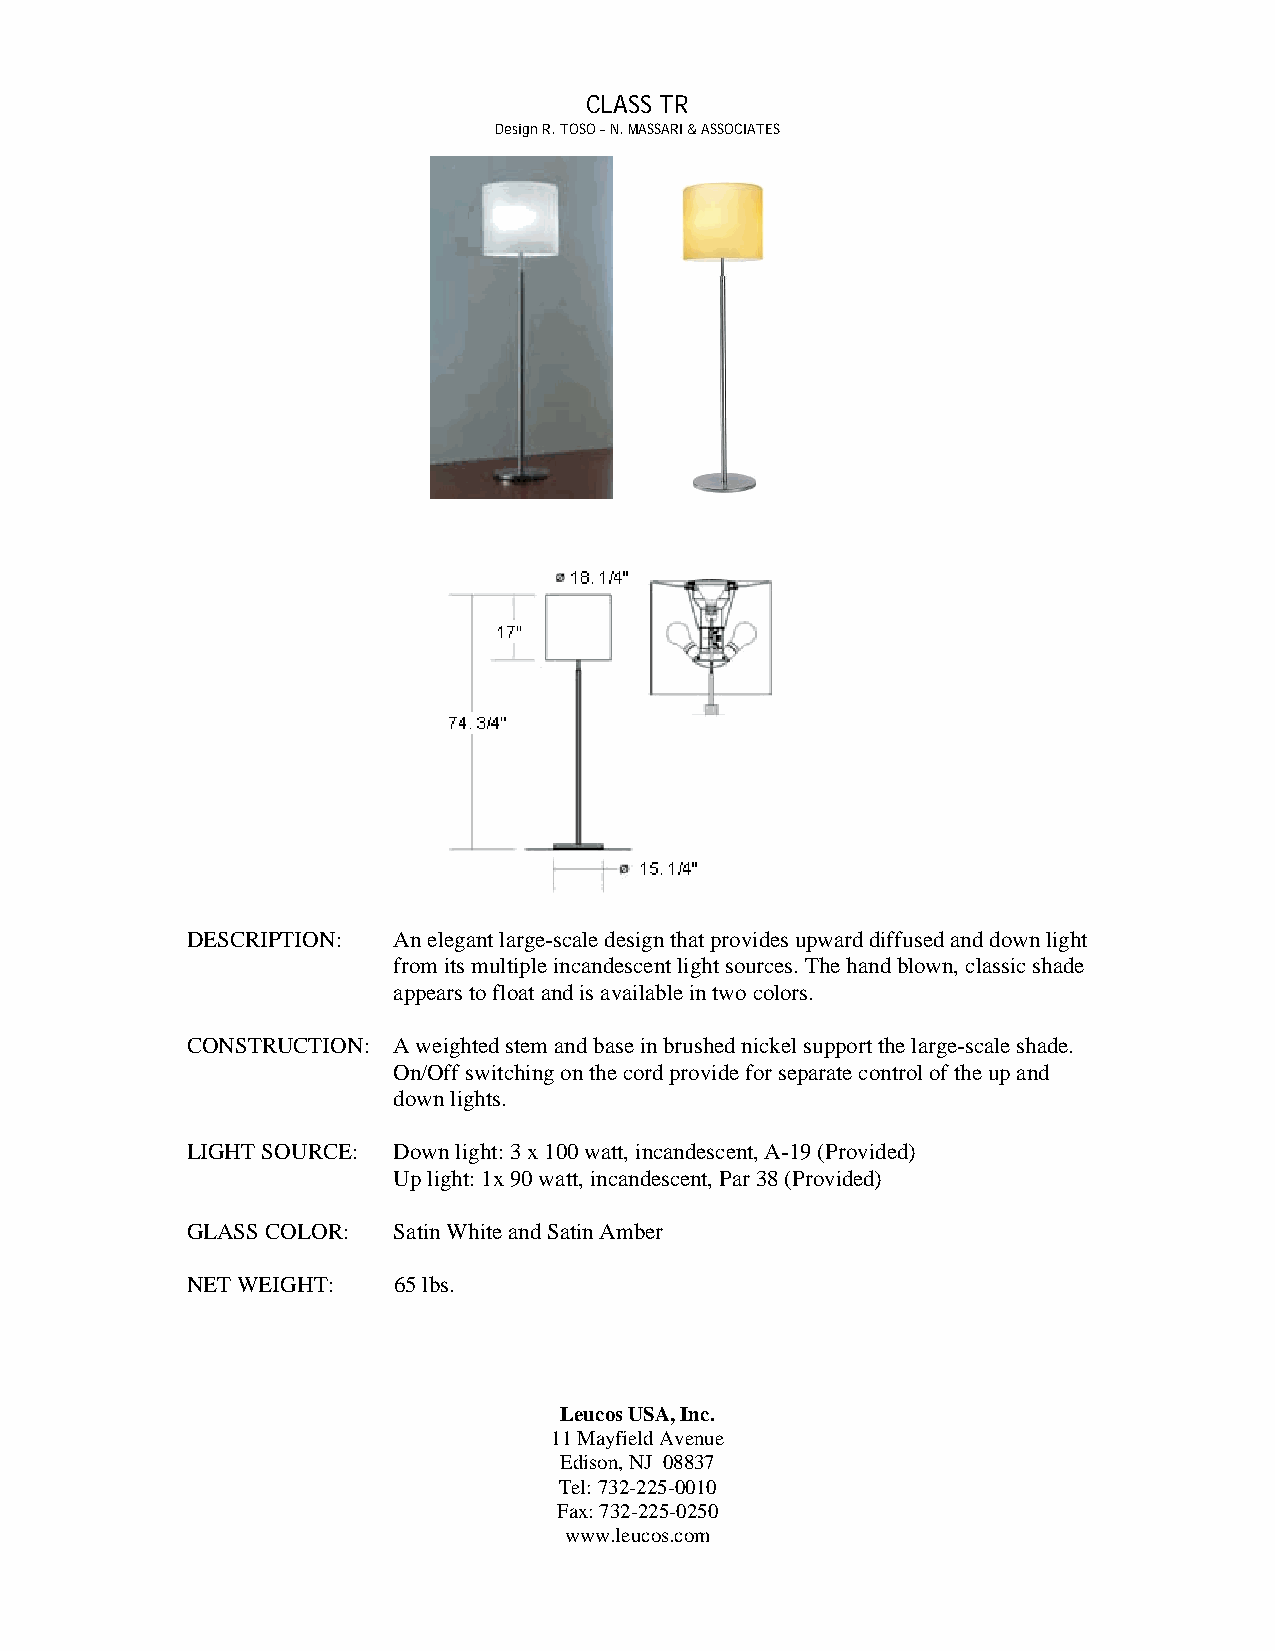
CLASS TR
 Design R. TOSO – N. MASSARI & ASSOCIATES
 DESCRIPTION:  An elegant large-scale design that provides upward diffused and down light
 from its multiple incandescent light sources. The hand blown, classic shade
 appears to float and is available in two colors.
 CONSTRUCTION: A weighted stem and base in brushed nickel support the large-scale shade.
 On/Off switching on the cord provide for separate control of the up and
 down lights.
 LIGHT SOURCE: Down light: 3 x 100 watt, incandescent, A-19 (Provided)
 Up light: 1x 90 watt, incandescent, Par 38 (Provided)
 GLASS COLOR:  Satin White and Satin Amber
 NET WEIGHT:   65 lbs.
 Leucos USA, Inc.
 11 Mayfield Avenue
 Edison, NJ 08837
 Tel: 732-225-0010
 Fax: 732-225-0250
 www.leucos.com